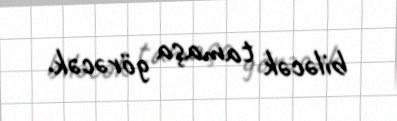
biləcək tamaşa görəcək.